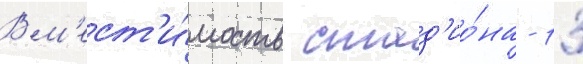
Вм'ест'и́мость стад'ио́на - 13